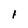
Character: 1